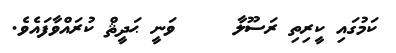
ކަމުގައި ކީރިތި ރަސޫލާ     ވަނީ ޙަދީޘް ކުރައްވާފައެވެ.